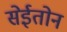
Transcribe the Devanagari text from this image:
सेईतोन